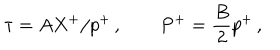
\tau = A X ^ { + } / p ^ { + } \, , \quad \quad P ^ { + } = \frac { B } { 2 } p ^ { + } \, ,